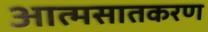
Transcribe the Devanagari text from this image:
आत्मसातकरण